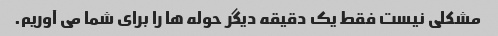
مشکلی نیست فقط یک دقیقه دیگر حوله ها را برای شما می آوریم.